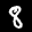
Label: 8